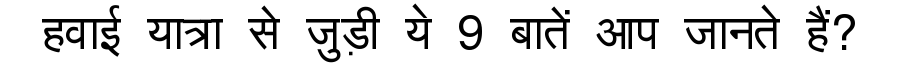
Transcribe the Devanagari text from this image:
हवाई यात्रा से जुड़ी ये 9 बातें आप जानते हैं?